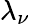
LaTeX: \lambda_{\nu}